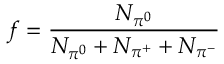
f = \frac { N _ { \pi ^ { 0 } } } { N _ { \pi ^ { 0 } } + N _ { \pi ^ { + } } + N _ { \pi ^ { - } } }